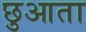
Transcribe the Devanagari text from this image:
छुआता